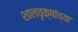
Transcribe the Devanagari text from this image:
शालवृक्षांच्या